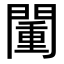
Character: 𨵮